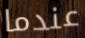
عندما